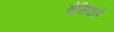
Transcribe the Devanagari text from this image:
वेसिक्ले